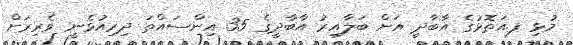
މުޅި ފ.އަތޮޅުގެ އާބާދީ އަށް ބަލާއިރު އާބާދީގެ 35 އިންސައްތަ ދިރިއުޅެނީ ވެރިރަށް